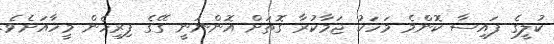
ކުލީގެ ފައިސާ ކޮންމެ މަހަކު ޖަމާކުރާ ގޮތަށް އޮންނަނީ ގޭގެ ފިރިހެން މީހާއަށެވެ.